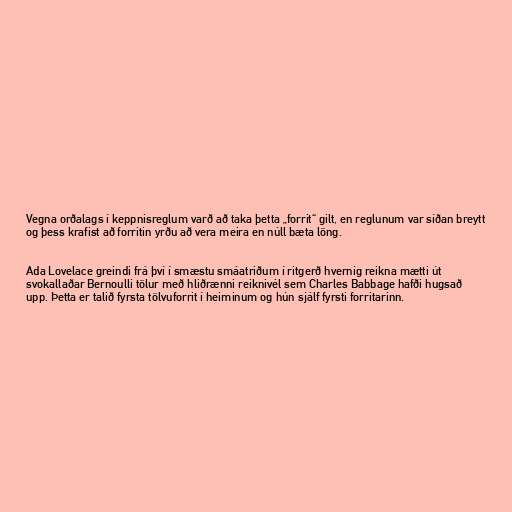
Vegna orðalags í keppnisreglum varð að taka þetta „forrit“ gilt, en reglunum var síðan breytt
og þess krafist að forritin yrðu að vera meira en núll bæta löng.

Ada Lovelace greindi frá því í smæstu smáatriðum í ritgerð hvernig reikna mætti út
svokallaðar Bernoulli tölur með hliðrænni reiknivél sem Charles Babbage hafði hugsað
upp. Þetta er talið fyrsta tölvuforrit í heiminum og hún sjálf fyrsti forritarinn.